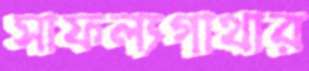
সাফল্যগাথার